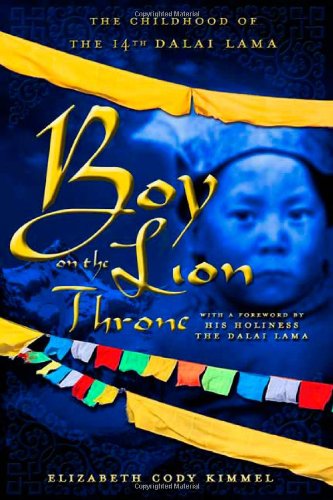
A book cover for Boy on the Lion Throne: The Childhood of the 14th Dalai Lama; Elizabeth Cody Kimmel; Children's Books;